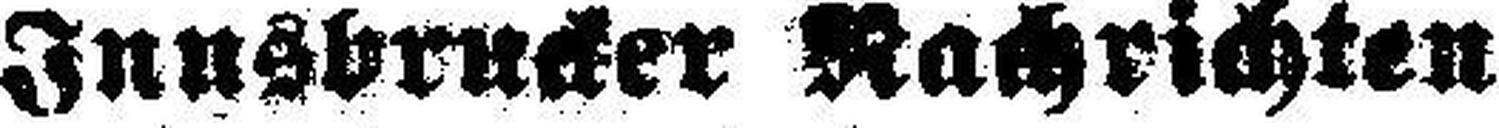
Innsbrucker Nachrichten